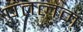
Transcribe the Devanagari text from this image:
पंतलम्